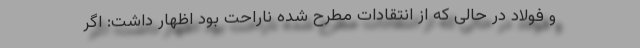
و فولاد در حالی که از انتقادات مطرح شده ناراحت بود اظهار داشت: اگر